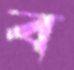
ব